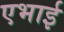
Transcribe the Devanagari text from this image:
एभाई